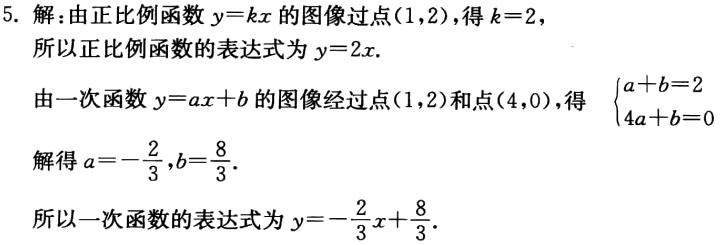
5. 解：由正比例函数\(y = kx\)的图像过点\((1,2)\)，得\(k = 2\)，
所以正比例函数的表达式为\(y = 2x\).
由一次函数\(y = ax + b\)的图像经过点\((1,2)\)和点\((4,0)\)，得\(\begin{cases}a + b = 2\\4a + b = 0\end{cases}\)
解得\(a = -\dfrac{2}{3},b = \dfrac{8}{3}\).
所以一次函数的表达式为\(y = -\dfrac{2}{3}x+\dfrac{8}{3}\).